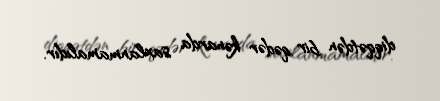
diqqətdən bir qədər kənarda saxlanmamalıdır.